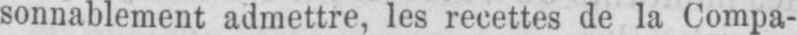
sonnablement admettre, les recettes de la Compa-